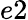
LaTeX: e2